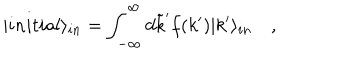
| i n i t i a l \rangle _ { i n } = \int _ { - \infty } ^ { \infty } d \tilde { k } ^ { \prime } f ( k ^ { \prime } ) | k ^ { \prime } \rangle _ { i n } \quad ,